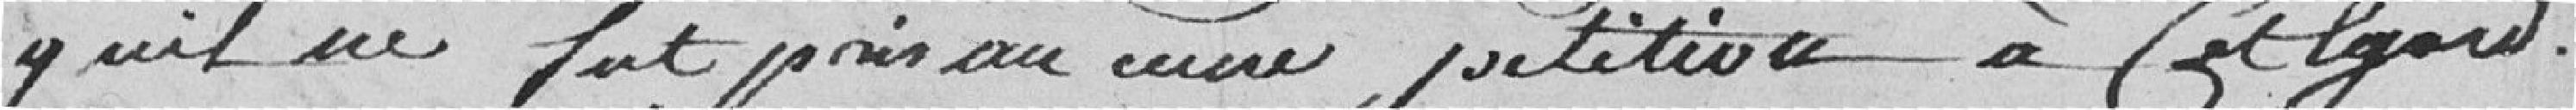
qu'il ne fut pris aucune pétition à cet égard.